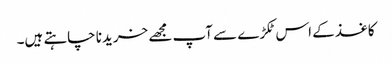
کاغذ کے اس ٹکڑے سے آپ مجھے خریدنا چاہتے ہیں۔